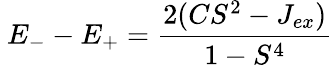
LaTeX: \ E_{-}-E_{+}={\frac{2(CS^{2}-J_{ex})}{1-S^{4}}}